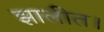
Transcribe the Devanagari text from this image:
झालीत।